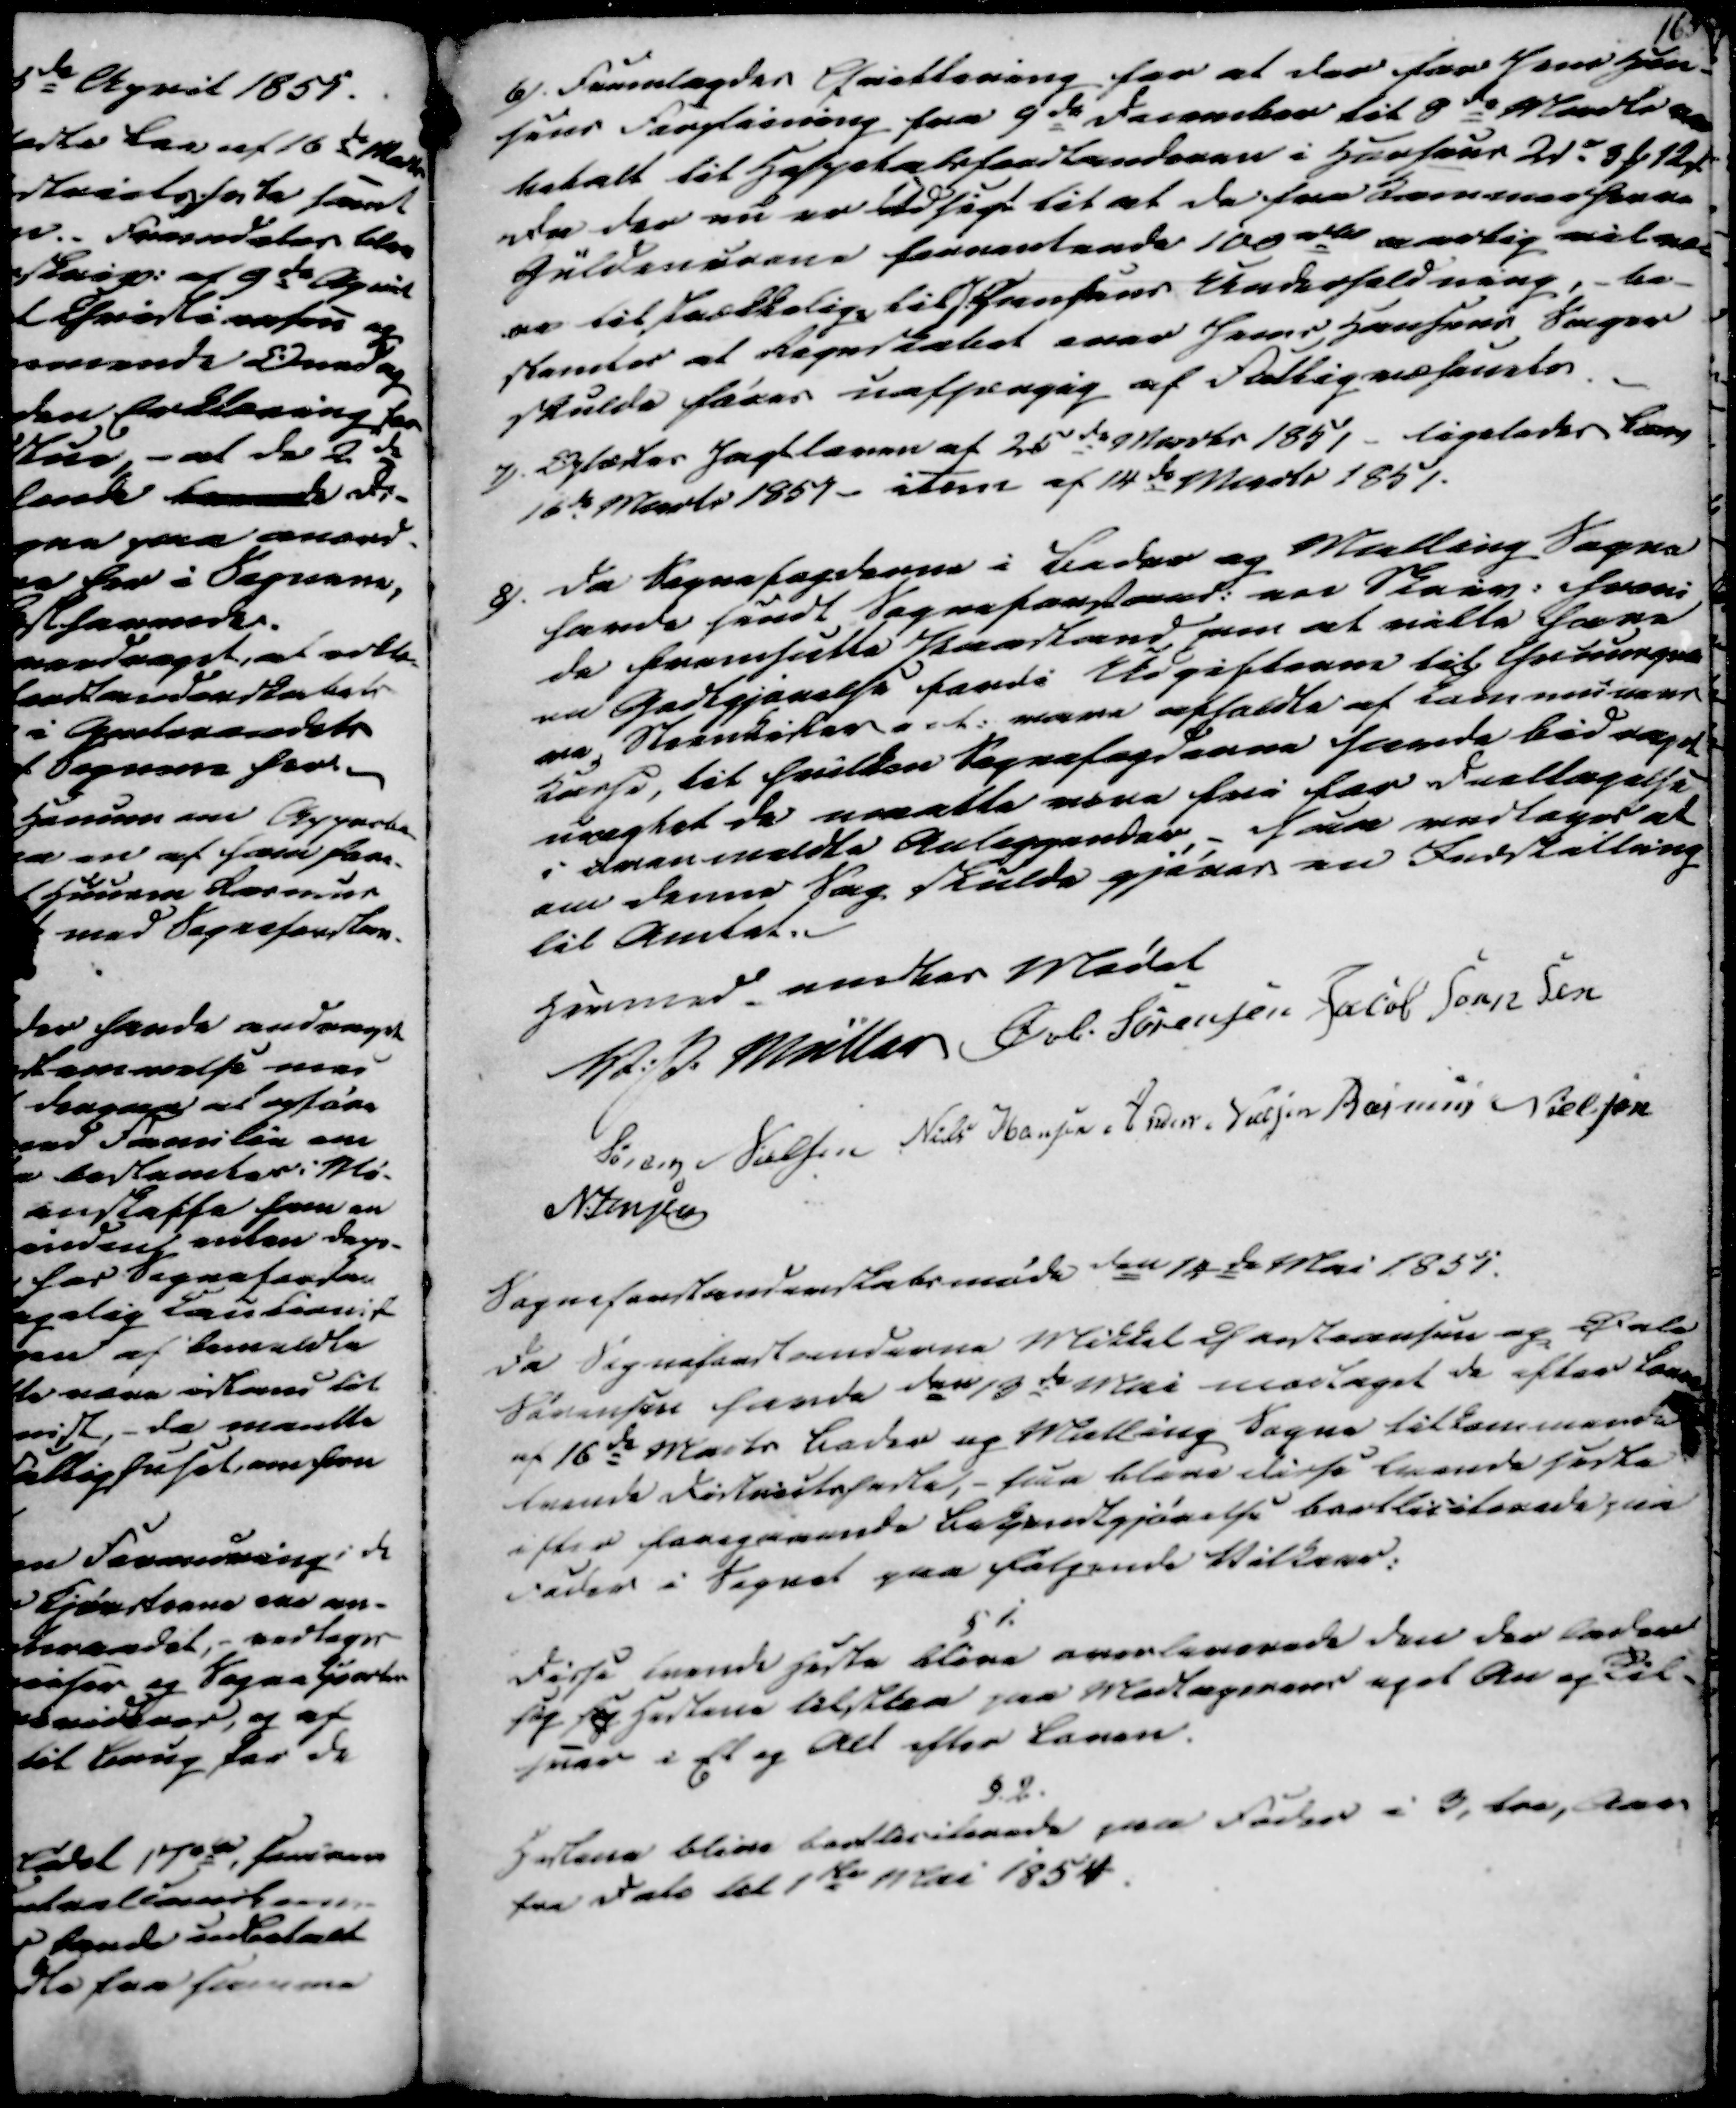
Transskription:
6). Fremlagdes Qvittering for at der for Jens Han-
sens Forpleining fra 9de December til 8de Marts ere
betalt til Hospitalsforstanderen i Horsens 21 d 8 ₻ 12 ẞ
Da der nu er Udsigt til at de fra Kammerherre
Güldencrone forventende 100 rd aarlig vil væ-
re tilstrækkelig til Hansens Underholdning,- be-
stemtes at Regnskabet over Jens Hansens Sager
skulde føres uafhængig af Fattigvæsenets.
7) Oplæstes Jagtloven af 25de Marts 1851 - ligeledes Loven
16de Marts 1851- item af 14de Marts 1851.
8). Da Sognefogderne i Beder og Malling Sogne
havde sendt Sogneforstand. een Skriv. hvori
de fremsatte Paastand om at ville have
en Godtgjørelse fordi Udgifterne til Gruusgra
ve, Steenkister a et. vare afholdte af Communens
kasse, til hvilken Sognefogderne havde bid nage
nægtet da maatte være fri for deeltagelse
i ovenmeldte Anleggender,- saa vedtoges at
om denne Sag skulde gjøres en Indstilling
til Amtet.

Hermed endtes Mødet
V. P. Müller
Øvli Sørensen
Jacob Sørensen
Søren Nielsen
Niels Hansen
Anders Nielsen
Rasmus Nielsen
N. Jensen

Sogneforstanderskabsmøde den 14de Mai 1851.
Da Sogneforstanderne Mikkel Christiansen og Øvle
Sørensen havde den 13de Mai modtaget de efter Loven
af 16de Marts Beder og Malling Sogne tilkommende
tvende Districtsheste, - saa bleve disse tvende heste
efter foregaaende Bekjendtgjørelse bortliciterede paa
Foder i Sognet paa følgende Vilkaar:
§ 1.
Disse tvende Heste blive overleverede den der lader
sig sig Hestene tilstlaa paa Modtagerens eget An og Til-
svar i Et og Alt efter Loven.
§.2.
Hestene blive bortliciterede paa Foder i 3, tre, Aar
fra Dato til 1ste Mai 1854.